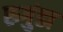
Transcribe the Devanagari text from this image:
रुगुंडा